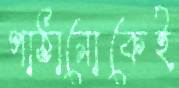
পাঠানোকেই